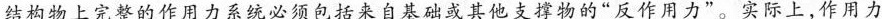
结构物上完整的作用力系统必须包括来自基础或其他支撑物的”反作用力”。实际上，作用力